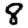
Digit: 8